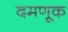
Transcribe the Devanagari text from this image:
दमणूक